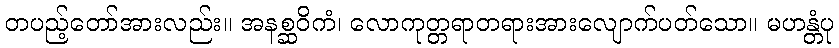
တပည့်တော်အားလည်း။ အနစ္ဆဝိကံ၊ လောကုတ္တရာတရားအားလျောက်ပတ်သော။ မဟန္တံပု